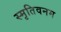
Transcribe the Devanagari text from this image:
स्मृतिवनम